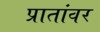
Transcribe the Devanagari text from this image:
प्रातांवर